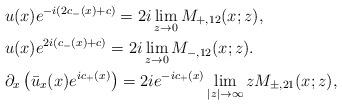
LaTeX: \begin{align*}&u(x)e^{-i(2c_-(x)+c)}=2 i\lim _{z\rightarrow 0}M_{+,12}(x;z),\\&u(x)e^{2i(c_-(x)+c)}=2 i\lim _{z\rightarrow 0}M_{-,12}(x;z).\\&\partial_x\left(\bar{u}_x(x) e^{ic_+(x)}\right)=2 i e^{-ic_+(x)} \lim _{|z|\rightarrow \infty}z M_{\pm,21}(x;z),\end{align*}